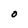
Character: O